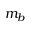
m _ { b }